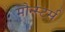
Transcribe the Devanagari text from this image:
मौन्स्टर्स